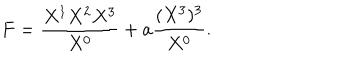
LaTeX: F = { \frac { X ^ { 1 } X ^ { 2 } X ^ { 3 } } { X ^ { 0 } } } + a { \frac { ( X ^ { 3 } ) ^ { 3 } } { X ^ { 0 } } } .